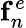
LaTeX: \mathbf{f}_{n}^{e}